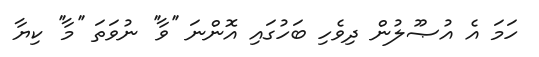
ހަމަ އެ އުޞޫލުން ދިވެހި ބަހުގައި އޮންނަ ''ވާ'' ނުވަތަ ''މާ'' ކިޔާ